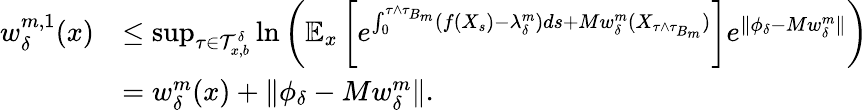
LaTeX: \begin{array}{rl}{w_{\delta}^{m,1}(x)}&{\leq\operatorname*{sup}_{\tau\in\mathcal{T}_{x,b}^{\delta}}\ln\left(\mathbb{E}_{x}\left[e^{\int_{0}^{\tau\wedge\tau_{B_{m}}}(f(X_{s})-\lambda_{\delta}^{m})ds+Mw_{\delta}^{m}(X_{\tau\wedge\tau_{B_{m}}})}\right]e^{\Vert\phi_{\delta}-Mw_{\delta}^{m}\Vert}\right)}\\ &{=w_{\delta}^{m}(x)+\Vert\phi_{\delta}-Mw_{\delta}^{m}\Vert.}\end{array}